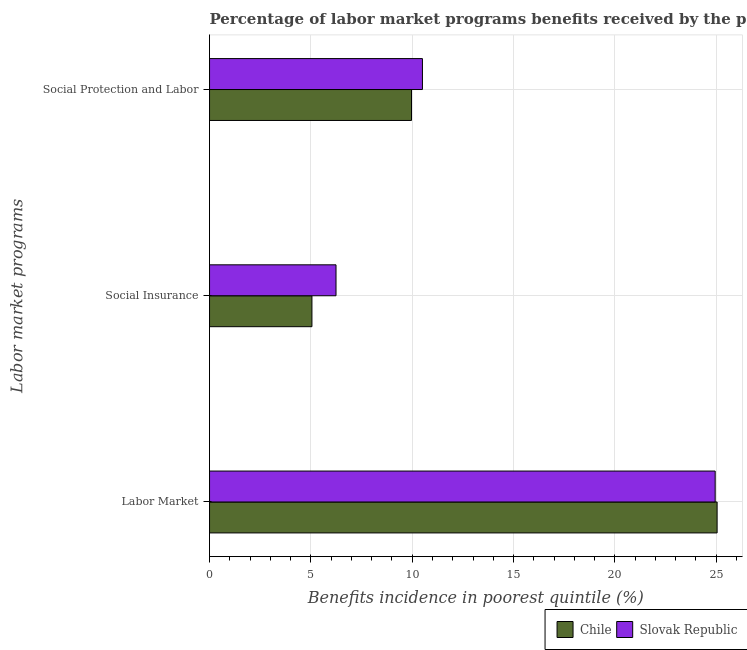
| Labor market programs | Chile | Slovak Republic |
 | --- | --- | --- |
 | Labor Market | 25 | 24.9 |
 | Social Insurance | 5.05 | 6.24 |
 | Social Protection and Labor | 9.97 | 10.5 |